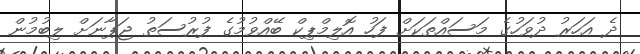
ދެ އަހަރު ދުވަހުގެ މަސައްތަކަށް ފަހު އޮލިމްޕިކް ބޭއްވުމުގެ ފުރުސަތު ޖަޕާނަށް ލިބުމުން